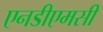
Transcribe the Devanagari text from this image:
एनडीएमसी